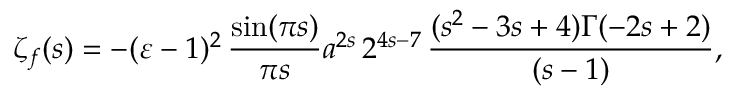
\zeta _ { f } ( s ) = - ( \varepsilon - 1 ) ^ { 2 } \, \frac { \sin ( \pi s ) } { \pi s } a ^ { 2 s } \, 2 ^ { 4 s - 7 } \, \frac { ( s ^ { 2 } - 3 s + 4 ) \Gamma ( - 2 s + 2 ) } { ( s - 1 ) } ,